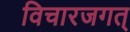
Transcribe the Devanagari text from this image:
विचारजगत्